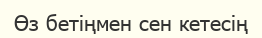
Өз бетіңмен сен кетесің